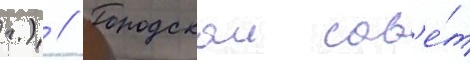
г.) // Городскои сов'е́т